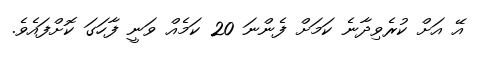
އޭ އަށް ކުރެވިދާނެ ކަމަށް ފެންނަ 20 ކަމެއް ވަނީ ފާހަގަ ކޮށްފައެވެ.